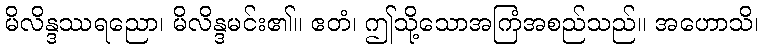
မိလိန္ဒဿရညော၊ မိလိန္ဒမင်း၏။ ဧတံ၊ ဤသို့သောအကြံအစည်သည်။ အဟောသိ၊